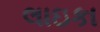
લાઇકા